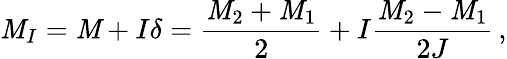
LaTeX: \mathit{M}_{I}=\mathit{M}+I\delta=\frac{{\mathit{M}_{2}+\mathit{M}_{1}}}{{2}}+I\frac{{\mathit{M}_{2}-\mathit{M}_{1}}}{{2J}}\, ,